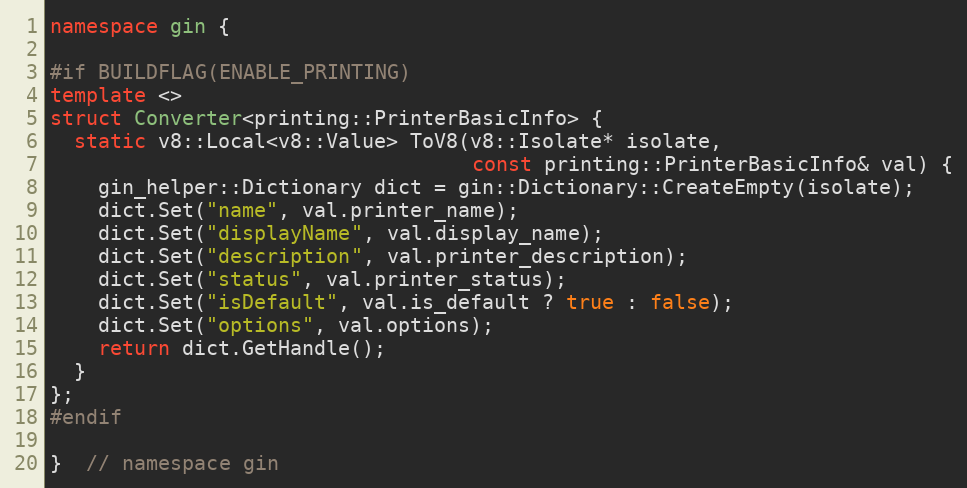
Language: C++
namespace gin {

#if BUILDFLAG(ENABLE_PRINTING)
template <>
struct Converter<printing::PrinterBasicInfo> {
  static v8::Local<v8::Value> ToV8(v8::Isolate* isolate,
                                   const printing::PrinterBasicInfo& val) {
    gin_helper::Dictionary dict = gin::Dictionary::CreateEmpty(isolate);
    dict.Set("name", val.printer_name);
    dict.Set("displayName", val.display_name);
    dict.Set("description", val.printer_description);
    dict.Set("status", val.printer_status);
    dict.Set("isDefault", val.is_default ? true : false);
    dict.Set("options", val.options);
    return dict.GetHandle();
  }
};
#endif

}  // namespace gin